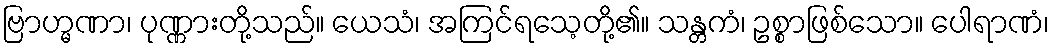
ဗြာဟ္မဏာ၊ ပုဏ္ဏားတို့သည်။ ယေသံ၊ အကြင်ရသေ့တို့၏။ သန္တကံ၊ ဥစ္စာဖြစ်သော။ ပေါရာဏံ၊